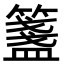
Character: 𥵃